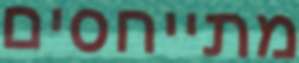
מתייחסים